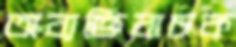
অব্যক্তিবাচক